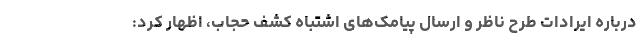
درباره ایرادات طرح ناظر و ارسال پیامک‌های اشتباه کشف حجاب، اظهار کرد: